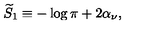
{ \widetilde S } _ { 1 } \equiv - \log \pi + 2 \alpha _ { \nu } ,